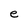
Character: e